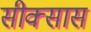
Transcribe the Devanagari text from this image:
सीक्सास